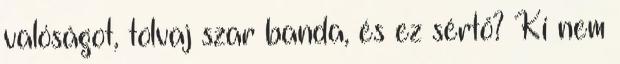
valóságot, tolvaj szar banda, és ez sértő? Ki nem